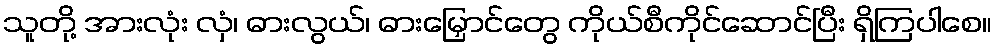
သူတို့ အားလုံး လှံ၊ ဓားလွယ်၊ ဓားမြှောင်တွေ ကိုယ်စီကိုင်ဆောင်ပြီး ရှိကြပါစေ။